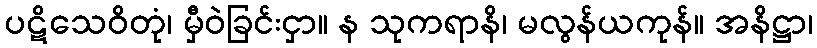
ပဋိသေဝိတုံ၊ မှီဝဲခြင်းငှာ။ န သုကရာနိ၊ မလွန်ယကုန်။ အနိဋ္ဌာ၊